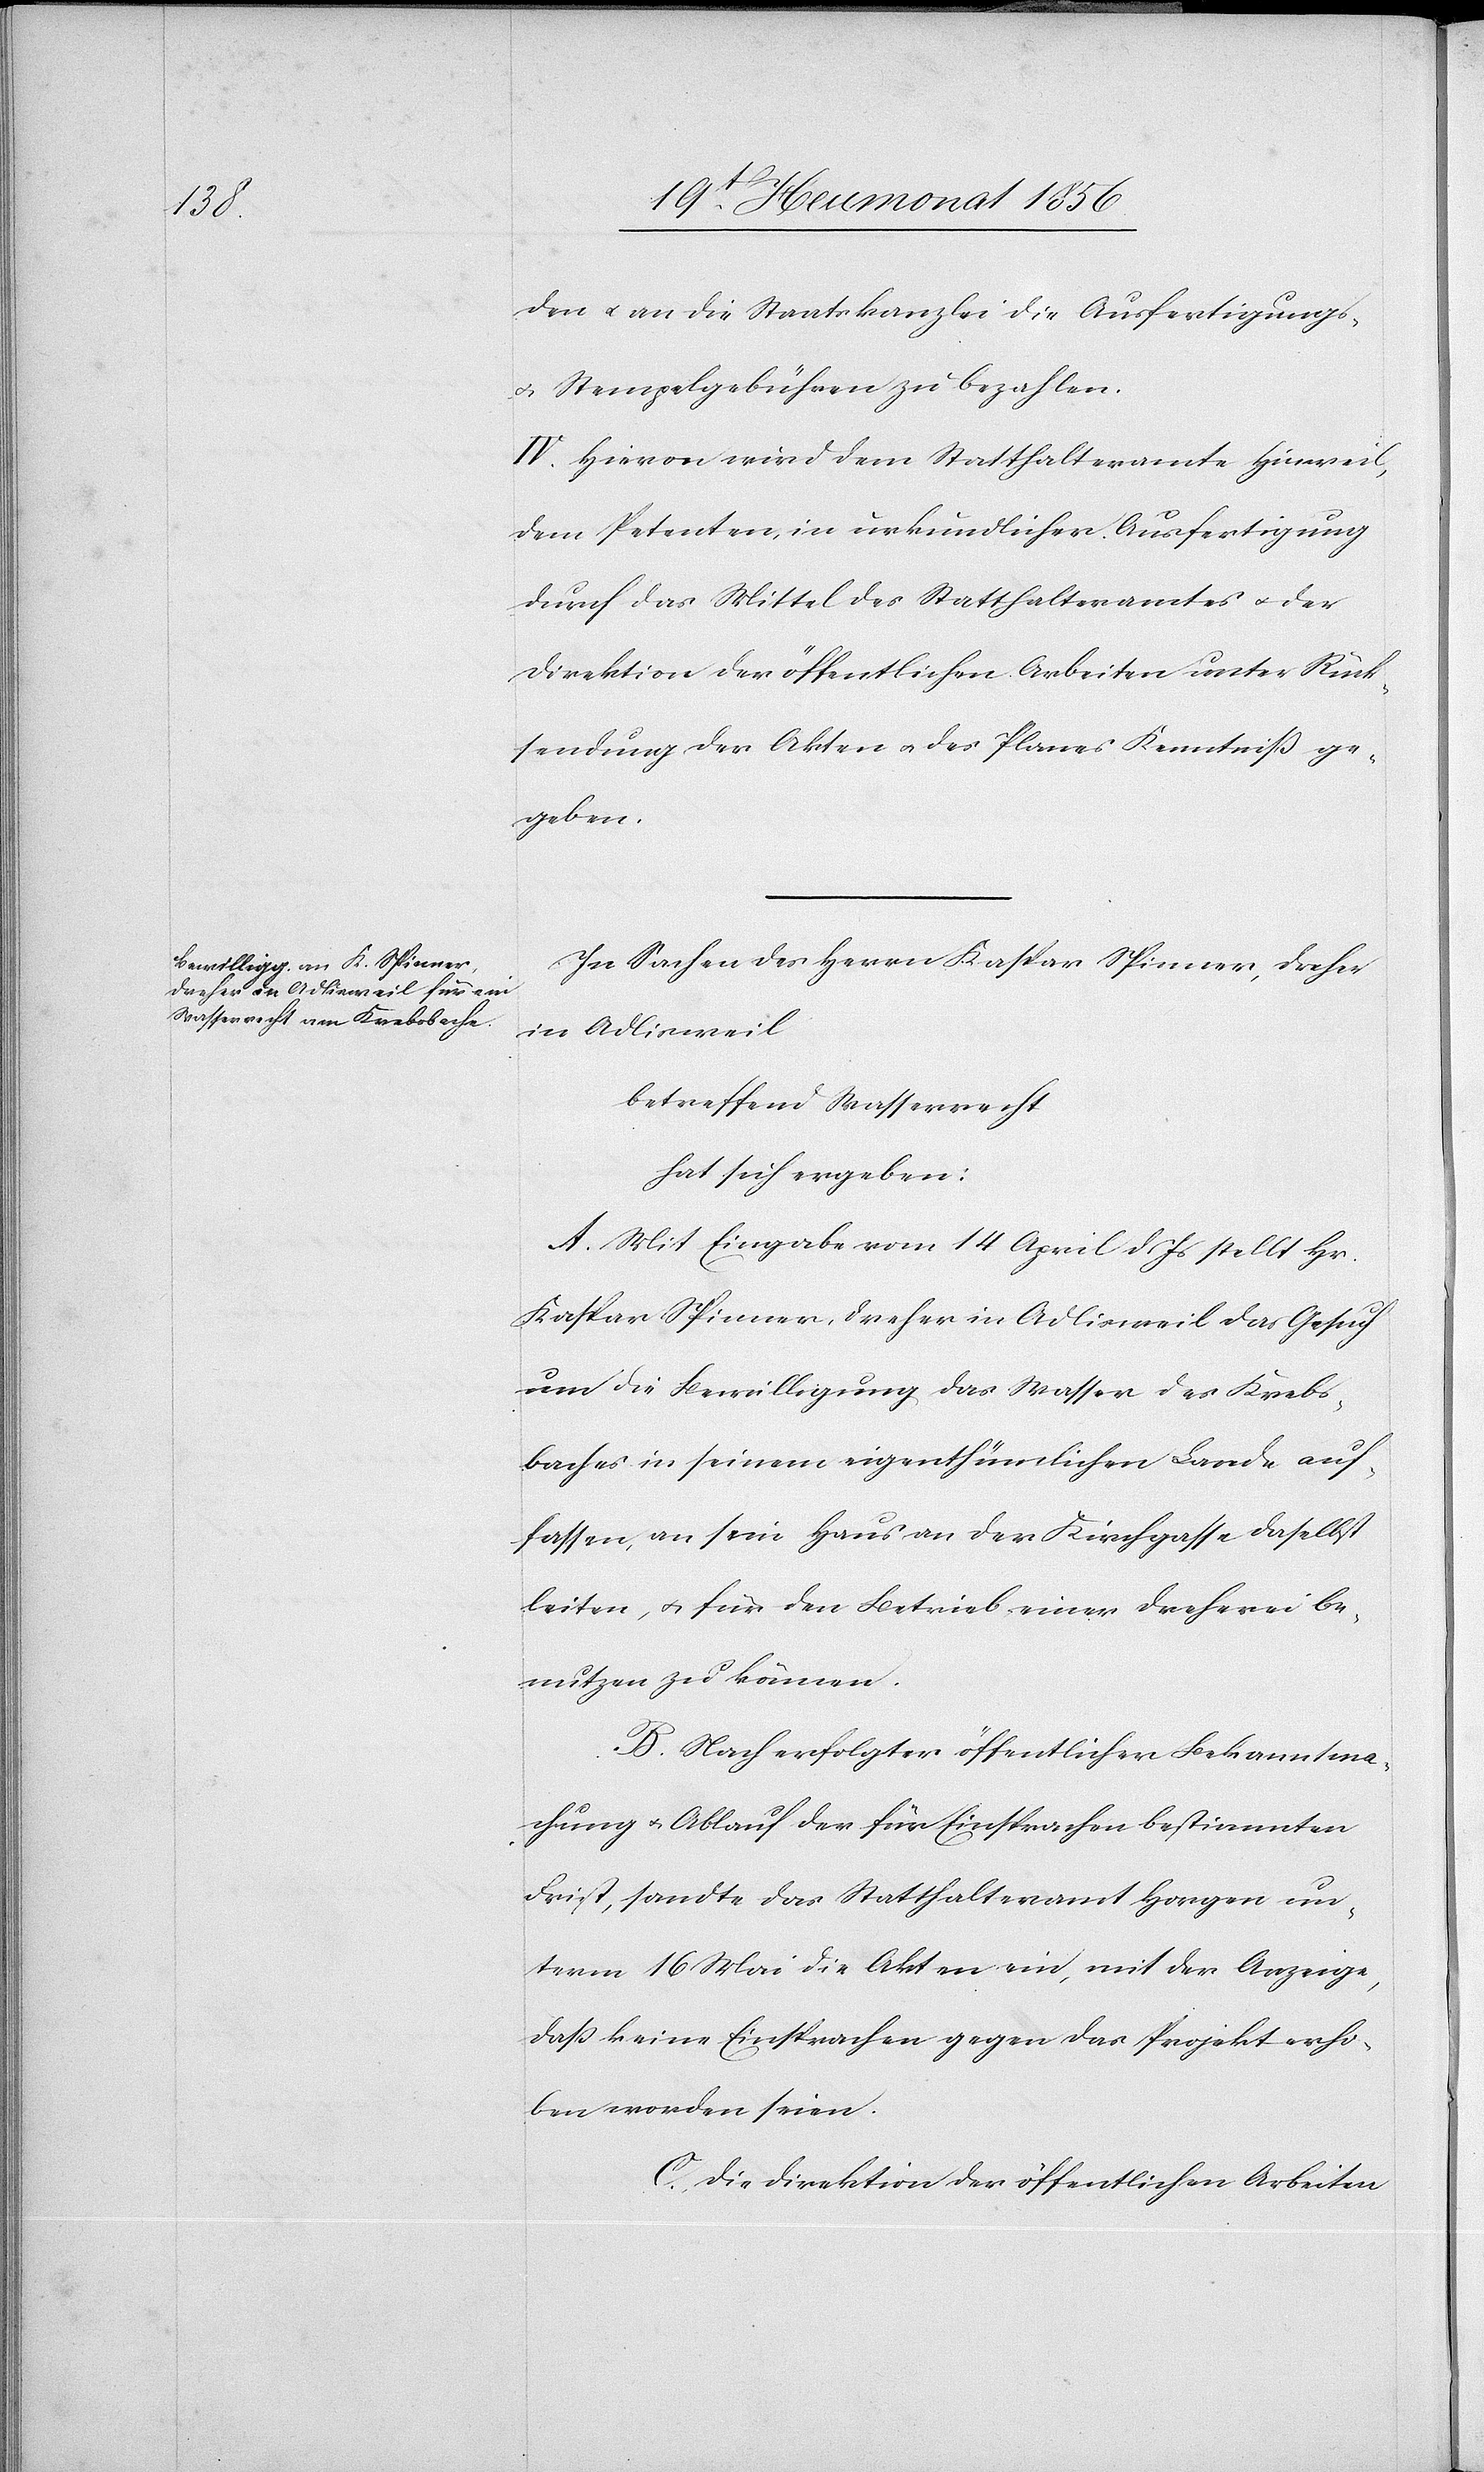
den u. an die Staatskanzlei die Ausfertigungs-
u. Stempelgebühren zu bezahlen.
IV.) Hievon wird dem Statthalteramte Hinweil,
dem Petenten, in urkundlicher Ausfertigung
durch das Mittel des Statthalteramtes u. der
Direktion der öffentlichen Arbeiten unter Rück¬
sendung der Akten u. des Planes Kenntniß ge¬
geben.
In Sachen des Herrn Kaspar Spinner, Dreher
in Adlisweil
betreffend Wasserrecht
hat sich ergeben:
A. Mit Eingabe vom 14 April d. Js stellt Hr.
Kaspar Spinner, Dreher in Adlisweil das Gesuch
um die Bewilligung das Wasser des Krebs¬
baches in seinem eigenthümlichen Lande auf¬
fassen, an sein Haus an der Kirchgasse daselbst
leiten, u. für den Betrieb einer Dreherei be¬
nutzen zu können.
B. Nach erfolgter öffentlicher Bekanntma¬
chung u. Ablauf der für Einsprachen bestimmten
Frist, sandte das Statthalteramt Horgen un¬
term 16 Mai die Akten ein, mit der Anzeige,
dass keine Einsprachen gegen das Projekt erho¬
ben worden seien.
C. Die Direktion der öffentlichen Arbeiten